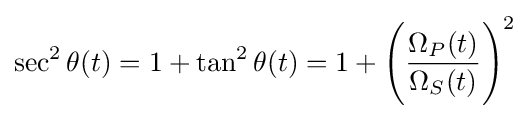
\sec ^{2}\theta (t)=1+\tan ^{2}\theta (t)=1+{\Bigg (}{\frac {\Omega _{P}(t)}{\Omega _{S}(t)}}{\Bigg )}^{2}